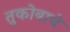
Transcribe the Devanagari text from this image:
तुकोबाचे